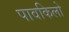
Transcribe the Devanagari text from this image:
पावकिलो